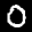
Label: 0